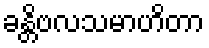
ခန္တိဗလသမာဟိတာ